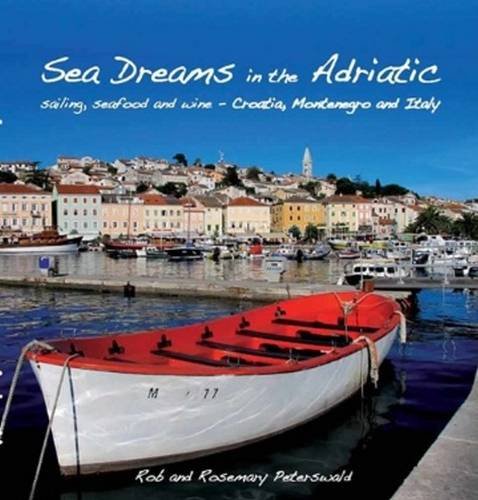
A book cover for Sea Dreams in the Adriatic: Sailing, Seafood and Wine - Croatia, Montenegro and Italy; Rob Peterswald; Travel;